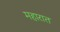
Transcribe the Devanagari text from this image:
महारात